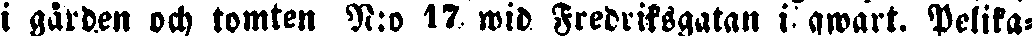
i gården och tomten N:o 17 wid Fredriksgatan i qwart. Pelika-